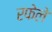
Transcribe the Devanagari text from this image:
रफेले